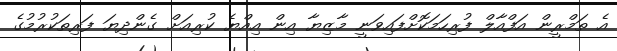
އެ ތަމްރީން އަފްއާލް ފުރިހަމަކޮށްފައިވަނީ މާޒިޔާ އިން އިއްޔެ ކުރިއަށް ގެންދިޔަ ފަރިތަކުރުމުގެ